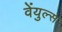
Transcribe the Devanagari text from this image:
वेंयुल्स